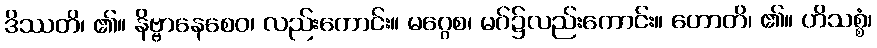
ဒိဿတိ၊ ၏။ နိဗ္ဗာနေစေဝ၊ လည်းကောင်း။ မဂ္ဂေစ၊ မဂ်၌လည်းကောင်း။ ဟောတိ၊ ၏။ ဟိသစ္စံ၊